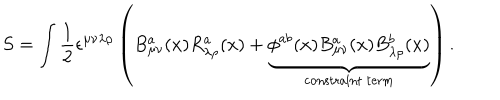
LaTeX: S = \int \frac { 1 } { 2 } \epsilon ^ { \mu \nu \lambda \rho } \left( B _ { \mu \nu } ^ { a } ( x ) R _ { \lambda \rho } ^ { a } ( x ) + \underbrace { \phi ^ { a b } ( x ) B _ { \mu \nu } ^ { a } ( x ) B _ { \lambda \rho } ^ { b } ( x ) } _ { \mathrm { c o n s t r a i n t \: t e r m } } \right) .